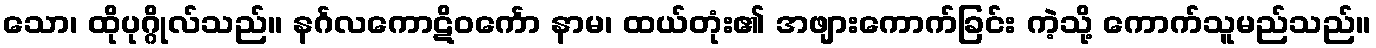
သော၊ ထိုပုဂ္ဂိုလ်သည်။ နင်္ဂလကောဋိဝင်္ကော နာမ၊ ထယ်တုံး၏ အဖျားကောက်ခြင်း ကဲ့သို့ ကောက်သူမည်သည်။